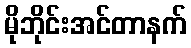
မိုဘိုင်းအင်တာနက်